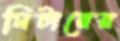
মিটারের